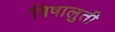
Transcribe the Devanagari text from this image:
विषालुती